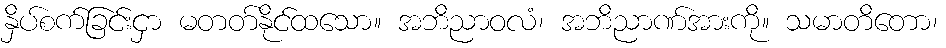
နှိပ်စက်ခြင်းငှာ မတတ်နိုင်ထသော။ အဘိညာဝလံ၊ အဘိညာဏ်အားကို။ သမာတိတော၊